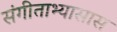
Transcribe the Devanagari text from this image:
संगीताभ्यासास